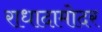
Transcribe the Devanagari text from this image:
राधादामोदर